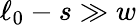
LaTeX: \ell_{0}-s\gg w